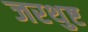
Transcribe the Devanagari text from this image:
जरथुष्ट